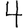
Digit: 4